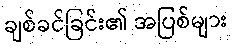
ချစ်ခင်ခြင်း၏ အပြစ်များ